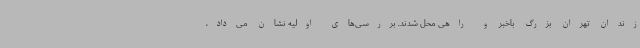
زندان تهران بزرگ باخبر و راهی محل شدند. بررسی‌های اولیه نشان می‌داد،